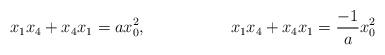
LaTeX: \begin{align*}x_1x_4+x_4x_1 = a x_0^2, && x_1x_4+x_4x_1 = \frac{-1}{a} x_0^2\end{align*}